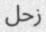
زحل